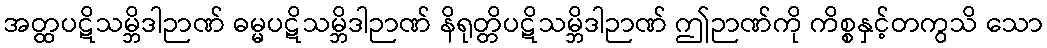
အတ္ထပဋိသမ္ဘိဒါဉာဏ် ဓမ္မပဋိသမ္ဘိဒါဉာဏ် နိရုတ္တိပဋိသမ္ဘိဒါဉာဏ် ဤဉာဏ်ကို ကိစ္စနှင့်တကွသိ သော